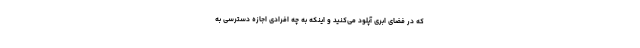
که در فضای ابری آپلود می‌کنید و اینکه به چه افرادی اجازه دسترسی به